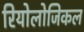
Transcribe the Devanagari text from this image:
रियोलोजिकल